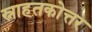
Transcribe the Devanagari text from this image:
स्नाहतकोत्तर